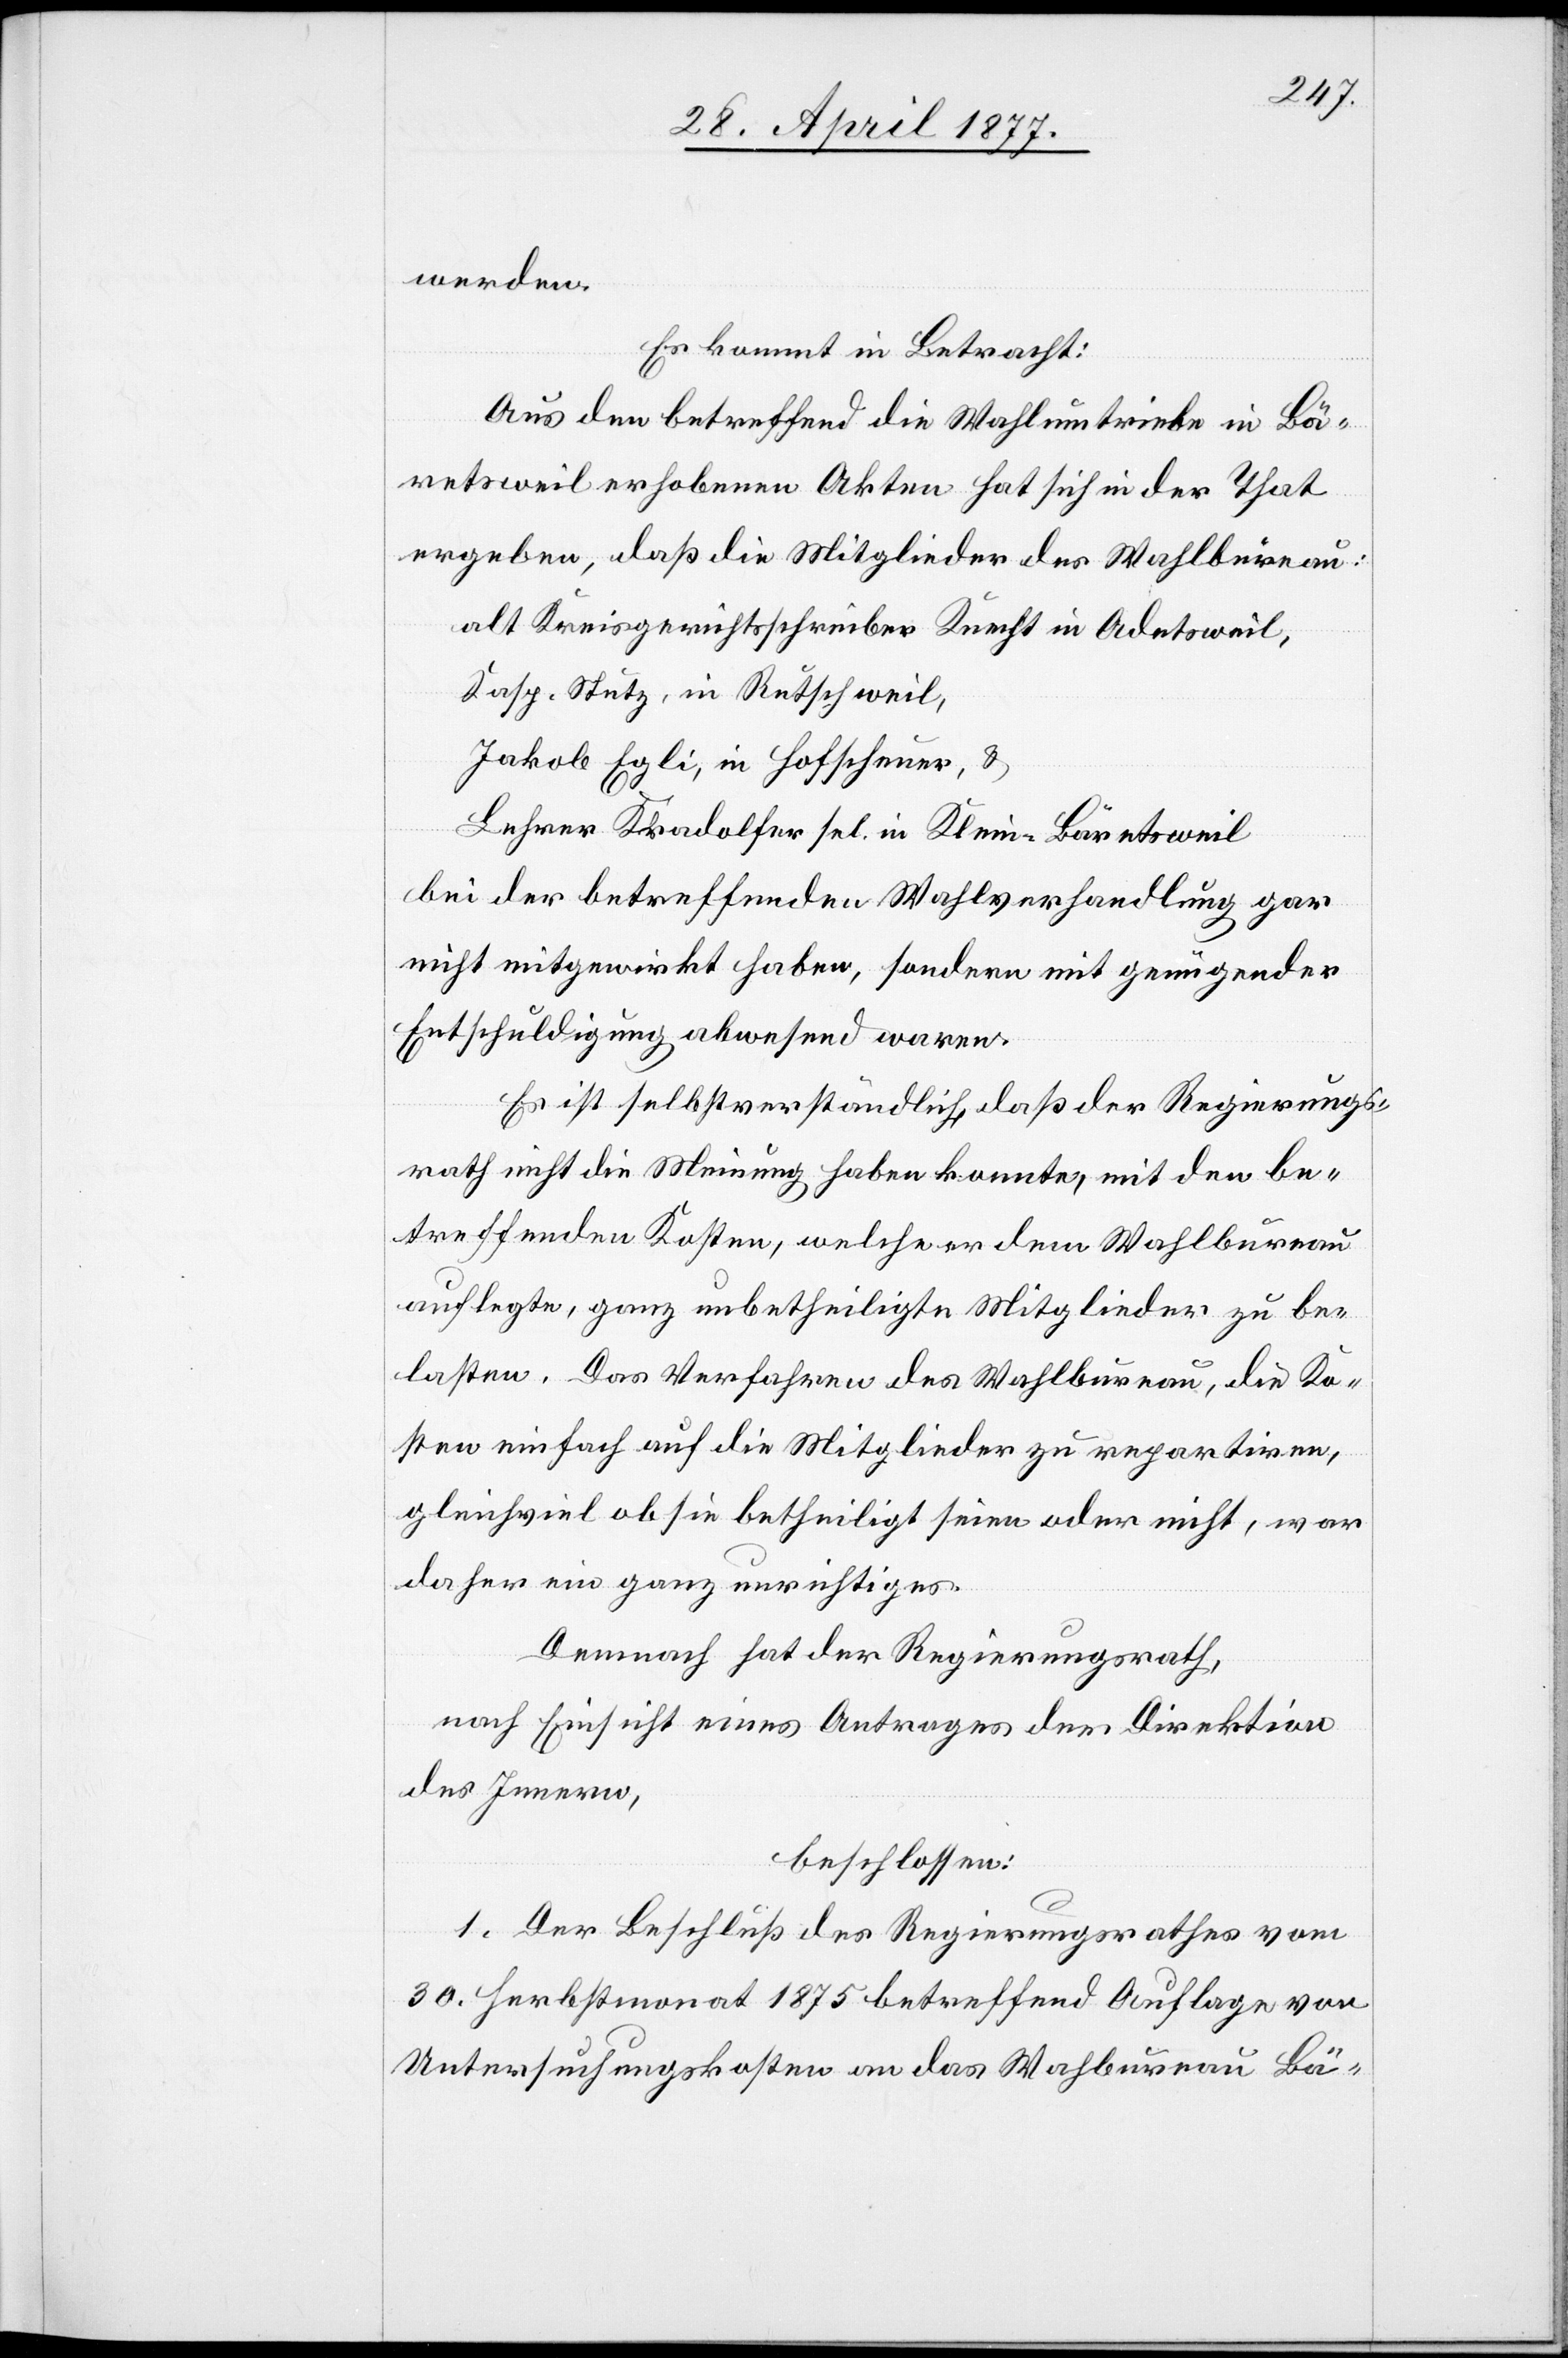
werden.
Es kommt in Betracht:
Aus dem betreffend die Wahlumtriebe in Bä¬
retsweil erhobenen Akten hat sich in der That
ergeben, daß die Mitglieder des Wahlbüreau:
alt Kreisgerichtsschreiber Knecht in Adetsweil,
Kasp. Stutz, in Rutschweil
Jakob Egli, in Hofscheuer,
Lehrer Kradolfer sel. in Klein-Bäretsweil
bei der betreffenden Wahlverhandlung gar
nicht mitgewirkt haben, sondern mit genügender
Entschuldigung abwesend waren.
Es ist selbstverständlich, daß der Regierungs¬
rath nicht die Meinung haben konnte, mit den be¬
treffenden Kosten, welche er dem Wahlbureau
auflegte, ganz unbetheiligte Mitglieder zu be¬
lasten. Das Verfahren des Wahlbureau, die Ko¬
sten einfach auf die Mitglieder zu repartiren,
gleichviel ob sie betheiligt seien oder nicht, war
daher ein ganz unrichtiges.
Demnach hat der Regierungsrath,
nach Einsicht eines Antrages der Direktion
des Innern,
beschlossen:
1. Der Beschluß des Regierungsrathes vom
30. Herbstmonat 1875 betreffend Auflage von
Untersuchungskosten an das Wahlbureau Bä-